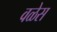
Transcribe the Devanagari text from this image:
वळेस